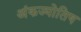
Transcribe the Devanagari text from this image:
अंकज्योतिष